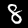
Digit: 8